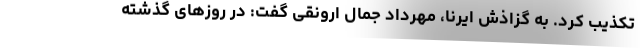
تکذیب کرد. به گزاذش ایرنا، مهرداد جمال ارونقی گفت: در روزهای گذشته